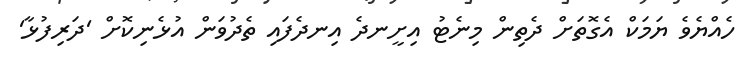
ހެއްޔެވެ ޔަމަކް އެގޮތަށް ދެތިން މިނެޓު އިށީނދެ އިނދެފައި ތެދުވަން އުޅެނިކޮށް 'ދަރިފުޅާ'